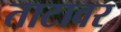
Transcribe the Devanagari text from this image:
ताटावर